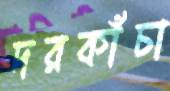
দরকাঁচা